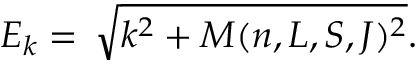
E _ { k } = \, \sqrt { k ^ { 2 } + M ( n , L , S , J ) ^ { 2 } } .